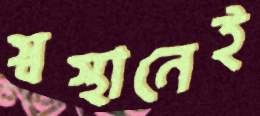
স্বস্থানেই